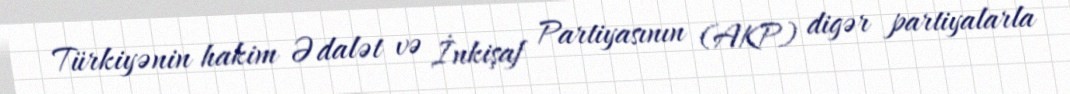
Türkiyənin hakim Ədalət və İnkişaf Partiyasının (AKP) digər partiyalarla